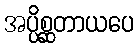
အပ္ပိစ္ဆတာယပေ